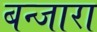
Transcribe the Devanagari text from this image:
बन्जारा